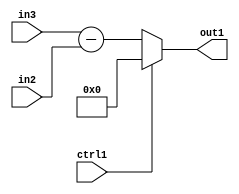
`timescale 1ps / 1ps
/*****************************************************************************
    Verilog RTL Description
    
    
    Created by: Stratus DpOpt 2019.1.01 
*******************************************************************************/

module st_feature_addr_gen_Muxi0Subu8u16u1_4_0 (
	in3,
	in2,
	ctrl1,
	out1
	); /* architecture "behavioural" */ 
input [15:0] in3;
input [7:0] in2;
input  ctrl1;
output [15:0] out1;
wire [15:0] asc001,
	asc003;

assign asc003 = 
	+(in3)
	-(in2);

reg [15:0] asc001_tmp_0;
assign asc001 = asc001_tmp_0;
always @ (ctrl1 or asc003) begin
	case (ctrl1)
		1'B1 : asc001_tmp_0 = 16'B0000000000000000 ;
		default : asc001_tmp_0 = asc003 ;
	endcase
end

assign out1 = asc001;
endmodule

/* CADENCE  v7XzSwk= : u9/ySgnWtBlWxVPRXgAZ4Og= ** DO NOT EDIT THIS LINE ******/